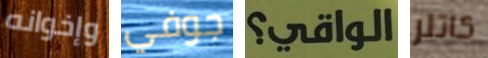
وإخوانه جوفي الواقي؟ كاتلر